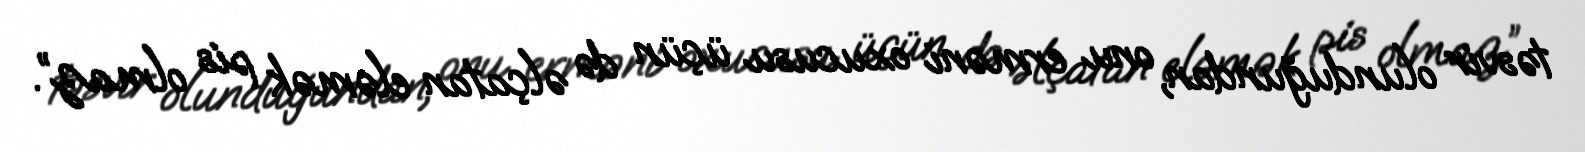
təsvir olunduğundan, onu erməni oxucusu üçün də əlçatan eləmək pis olmaz”.